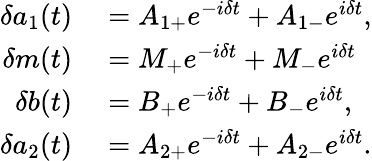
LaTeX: \begin{array}{rl}{\delta a_{1}(t)}&{{}=A_{1+}e^{-i\delta t}+A_{1-}e^{i\delta t},}\\ {\delta m(t)}&{{}=M_{+}e^{-i\delta t}+M_{-}e^{i\delta t}}\\ {\delta b(t)}&{{}=B_{+}e^{-i\delta t}+B_{-}e^{i\delta t},}\\ {\delta a_{2}(t)}&{{}=A_{2+}e^{-i\delta t}+A_{2-}e^{i\delta t}.}\end{array}